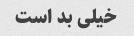
خیلی بد است